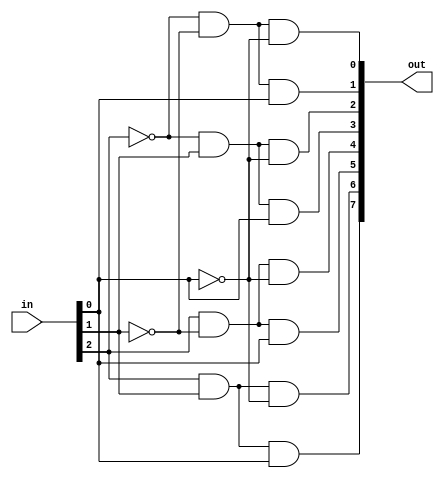
module decoder3_to_8(in, out);
	
	input [2:0] in;
	output [7:0] out;	
	wire [2:0] in_0;
	
	not not0(in_0[0], in[0]);
	not not1(in_0[1], in[1]);
	not not2(in_0[2], in[2]);
	
	and and0(out[0],	in_0[2],	in_0[1],	in_0[0]);
	and and1(out[1], 	in_0[2],	in_0[1], in[0]);
	and and2(out[2], 	in_0[2],	in[1], 	in_0[0]);
	and and3(out[3], 	in_0[2],	in[1], 	in[0]);
	and and4(out[4], 	in[2],	in_0[1], in_0[0]);
	and and5(out[5], 	in[2],	in_0[1], in[0]);
	and and6(out[6], 	in[2],	in[1], 	in_0[0]);
	and and7(out[7], 	in[2],	in[1], 	in[0]);

endmodule